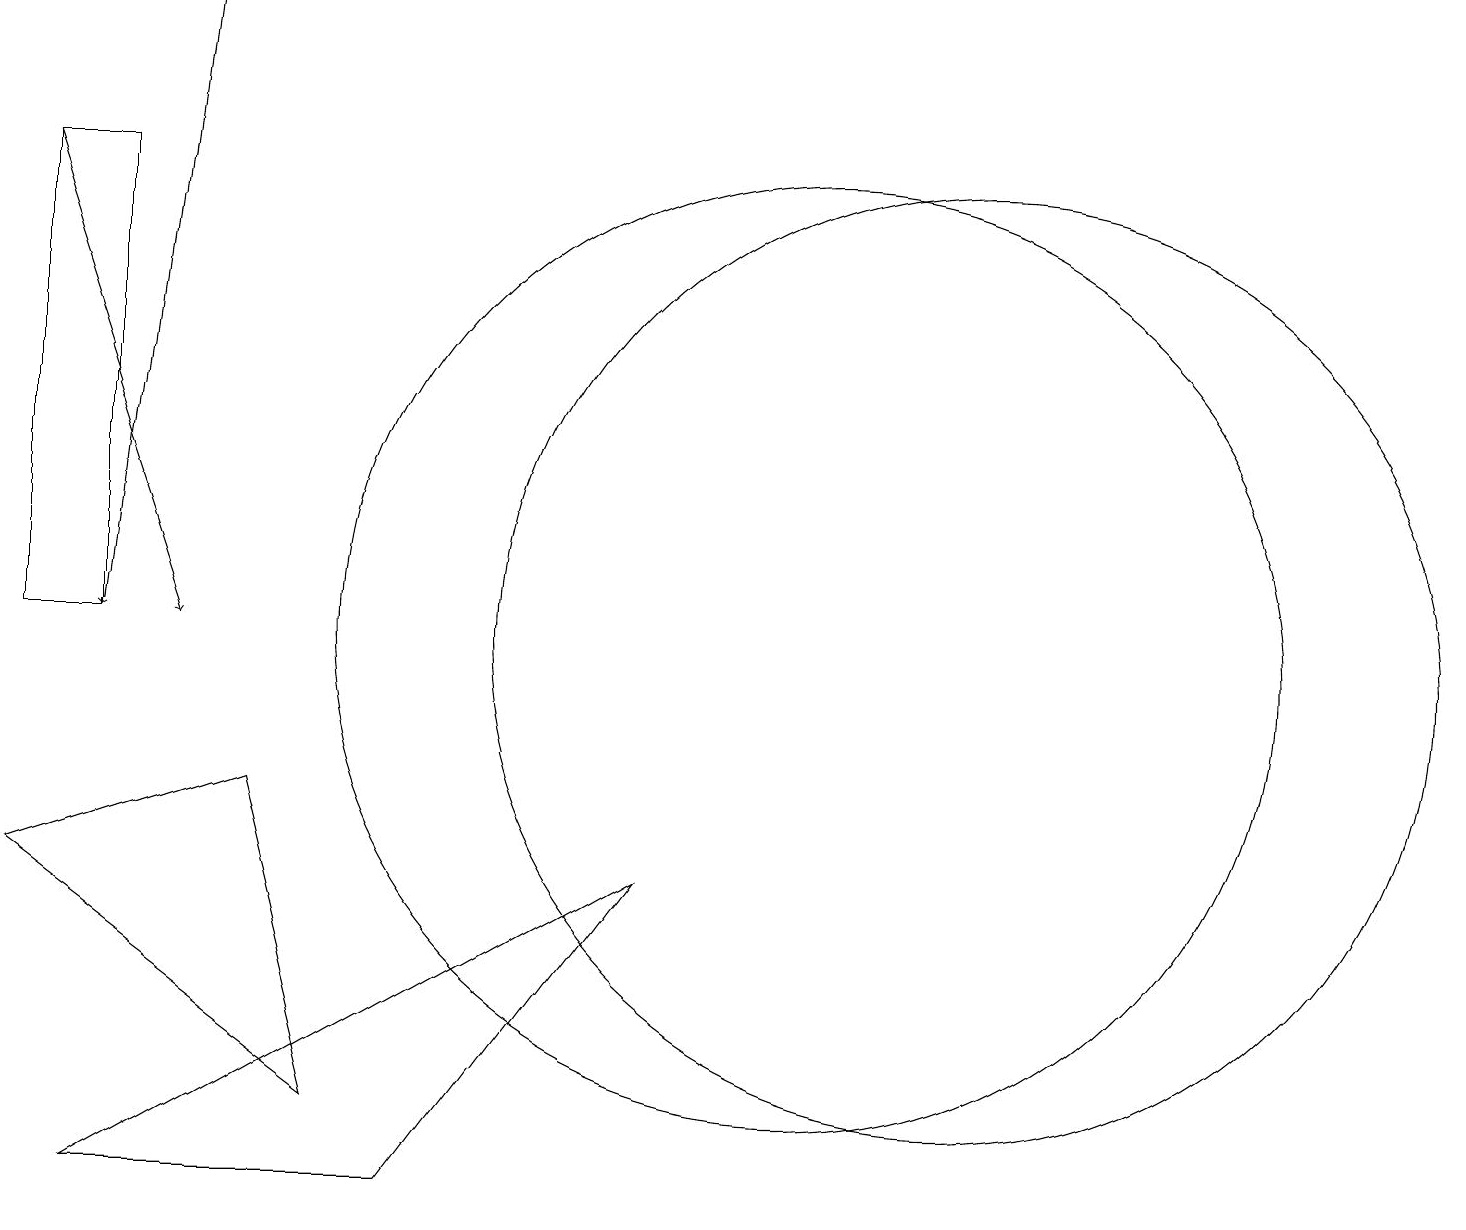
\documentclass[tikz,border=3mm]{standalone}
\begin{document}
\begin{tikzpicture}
\draw (12,10) circle (6);
\draw[->] (0,16) -- (2,10);
\draw[->] (2,18) -- (1,10);
\draw (1,10) rectangle (0,16);
\draw (8,7) -- (5,3) -- (1,3) -- cycle;
\draw (4,4) -- (0,7) -- (3,8) -- cycle;
\draw (10,10) circle (6);
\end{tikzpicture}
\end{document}